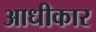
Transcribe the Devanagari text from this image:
आधीकार